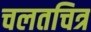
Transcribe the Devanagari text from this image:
चलतचित्र